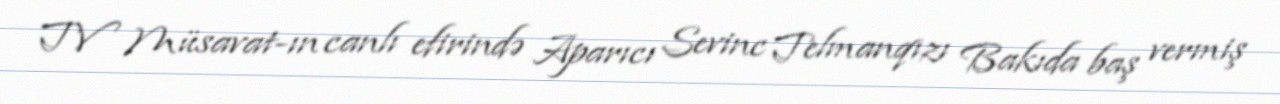
TV Müsavat-ın canlı efirində Aparıcı Sevinc Telmanqızı Bakıda baş vermiş